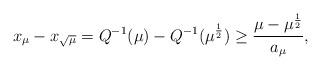
LaTeX: \begin{align*}x_\mu - x_{\sqrt\mu} = Q^{-1}(\mu) - Q^{-1}(\mu^\frac12) \geq \frac{\mu - \mu^\frac12}{a_\mu},\end{align*}